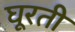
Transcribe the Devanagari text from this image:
घूरती